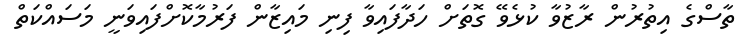
ތާސްގެ އިތުރުން ރާޒުވާ ކުޅެވޭ ގޮތަށް ހަދާފައިވާ ފިނި މައިޒާން ފަރުމާކޮށްފައިވަނީ މަސައްކަތް